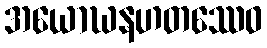
အယောဃနဟတဿေဝ